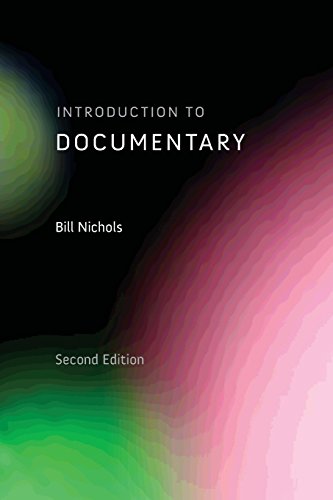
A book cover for Introduction to Documentary, Second Edition; Bill Nichols; Humor & Entertainment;